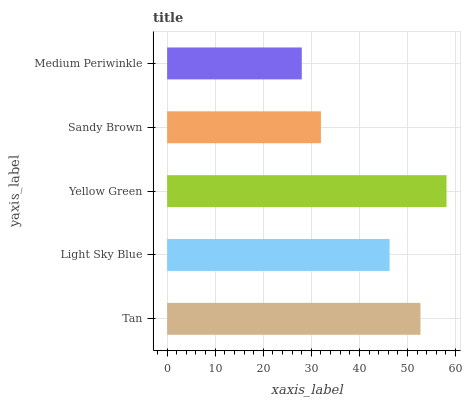
| yaxis_label | bars |
 | --- | --- |
 | Tan | 52.7 |
 | Light Sky Blue | 46.3 |
 | Yellow Green | 58.1 |
 | Sandy Brown | 32 |
 | Medium Periwinkle | 28 |